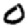
Digit: 0